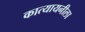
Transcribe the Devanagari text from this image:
कात्यायनीला